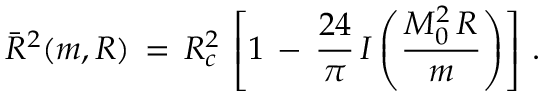
\bar { R } ^ { 2 } ( m , R ) \, = \, R _ { c } ^ { 2 } \, \left[ 1 \, - \, \frac { 2 4 } { \pi } \, I \left( \frac { M _ { 0 } ^ { 2 } \, R } { m } \right) \right] \, { . }